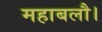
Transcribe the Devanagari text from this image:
महाबलौ।